Document type: Acquittal of debt
Year: 1424
Scribe: Francesc de Casanoves
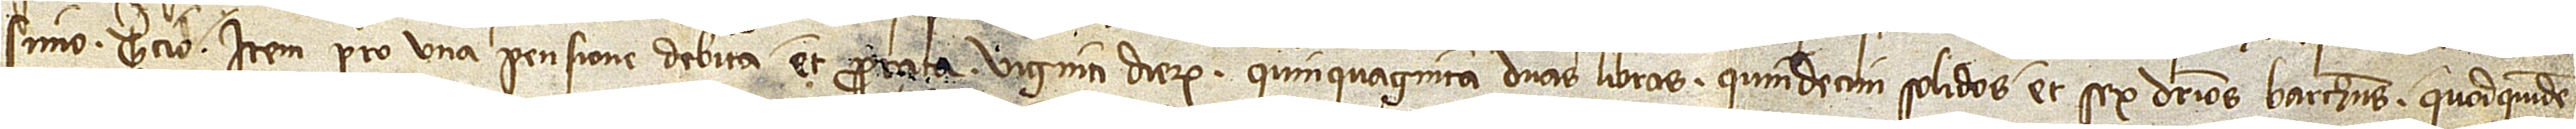
simo tercio; item, pro una pensione debita et prorata viginti dierum quinquaginta duas libras, quindecim solidos et sex denarios barchinonenses. Quodquidem